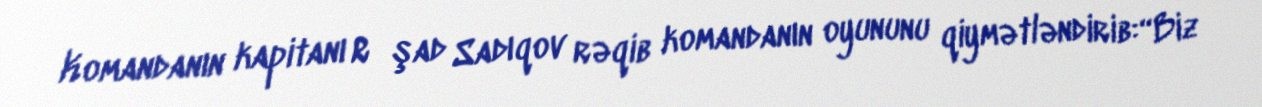
Komandanın kapitanı Rәşad Sadıqov rəqib komandanın oyununu qiymətləndirib:“Biz